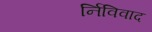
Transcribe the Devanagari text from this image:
र्निविवाद